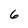
Character: 6